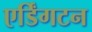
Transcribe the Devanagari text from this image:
एर्डिंगटन